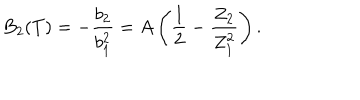
LaTeX: B _ { 2 } ( T ) = - \frac { b _ { 2 } } { b _ { 1 } ^ { 2 } } = A \left( \frac { 1 } { 2 } - \frac { Z _ { 2 } } { Z _ { 1 } ^ { 2 } } \right) .